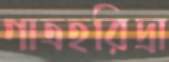
গাত্রহরিদ্রা